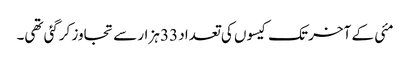
مئی کے آخر تک کیسوں کی تعداد 33 ہزار سے تجاوز کرگئی تھی۔